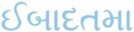
ઈબાદતમા